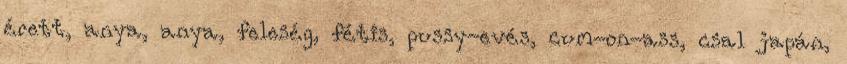
érett, anya, anya, feleség, fétis, pussy-evés, cum-on-ass, csal japán,